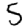
Digit: 5